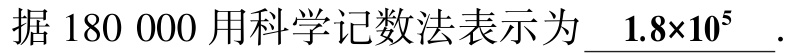
据$180\ 000$用科学记数法表示为$\underline{1.8\times10^{5}}$.